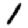
Digit: 1